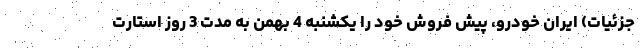
جزئیات) ایران خودرو، پیش فروش خود را یکشنبه 4 بهمن به مدت 3 روز استارت